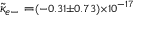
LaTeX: { \tilde { \kappa } } _ { e - } = \scriptstyle ( - 0 . 3 1 \pm 0 . 7 3 ) \times 1 0 ^ { - 1 7 }